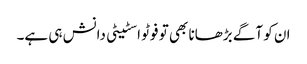
ان کو آگے بڑھانا بھی تو فوٹو اسٹیٹی دانش ہی ہے۔